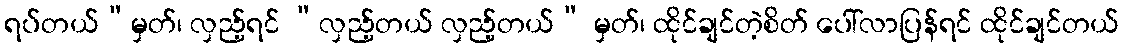
ရပ်တယ်”မှတ်၊ လှည့်ရင် “လှည့်တယ် လှည့်တယ်” မှတ်၊ ထိုင်ချင်တဲ့စိတ် ပေါ်လာပြန်ရင် ထိုင်ချင်တယ်